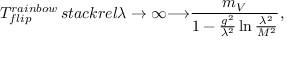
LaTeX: T _ { f l i p } ^ { r a i n b o w } \, s t a c k r e l { \lambda \rightarrow \infty } { \longrightarrow } \frac { m _ { V } } { 1 - \frac { g ^ { 2 } } { \lambda ^ { 2 } } \ln \frac { \lambda ^ { 2 } } { M ^ { 2 } } } ,